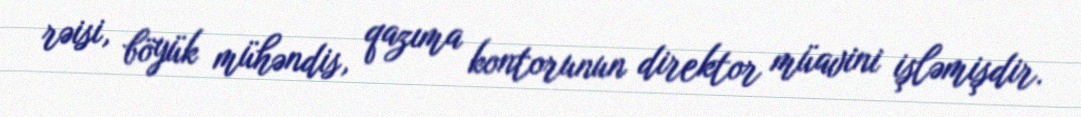
rəisi, böyük mühəndis, qazıma kontorunun direktor müavini işləmişdir.